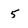
Character: 5